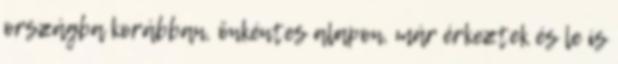
országba korábban, önkéntes alapon, már érkeztek és le is